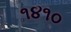
૧૪૧૦